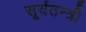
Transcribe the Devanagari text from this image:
सूर्यतन्त्री